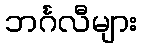
ဘင်္ဂလီများ